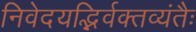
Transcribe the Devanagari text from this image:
निवेदयद्भिर्वक्तव्यंतैः